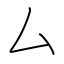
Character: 厶